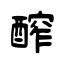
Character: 醡